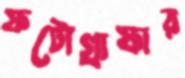
ফটোগ্রাফার